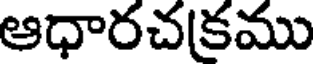
ఆధారచకము